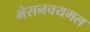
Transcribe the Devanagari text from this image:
मेसनचयमल